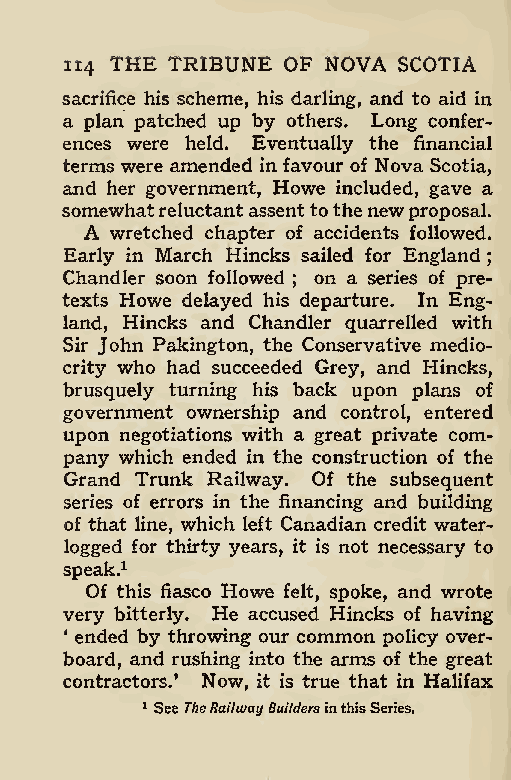
H4 THE TRIBUNE OF NOVA SCOTIA
 sacrifice his scheme, his darling, and to aid in
 a plan patched up by others. Long confer-
 ences were held. Eventually the financial
 terms were amended in favour of Nova Scotia,
 and her government, Howe included, gave a
 somewhatreluctantassenttothenewproposal.
 A wretched chapter of accidents followed.
 Early in March Hincks sailed for England
 ;
 Chandler soon followed on a series of pre-
 texts Howe delayed his; departure. In Eng-
 land, Hincks and Chandler quarrelled with
 Sir John Pakington, the Conservative medio-
 crity who had succeeded Grey, and Hincks,
 brusquely turning his back upon plans of
 government ownership and control, entered
 upon negotiations with a great private com-
 pany which ended in the construction of the
 Grand Trunk Railway. Of the subsequent
 series of errors in the financing and building
 of that line, which left Canadian credit water-
 logged for thirty years, it is not necessary to
 speak.1
 Of this fiasco Howe felt, spoke, and wrote
 very bitterly. He accused Hincks of having
 ‘ ended by throwing our common policy over-
 board, and rushing into the arms of the great
 contractors/ Now, it is true that in Halifax
 1 See TheRailwayBuildersinthisSeries.